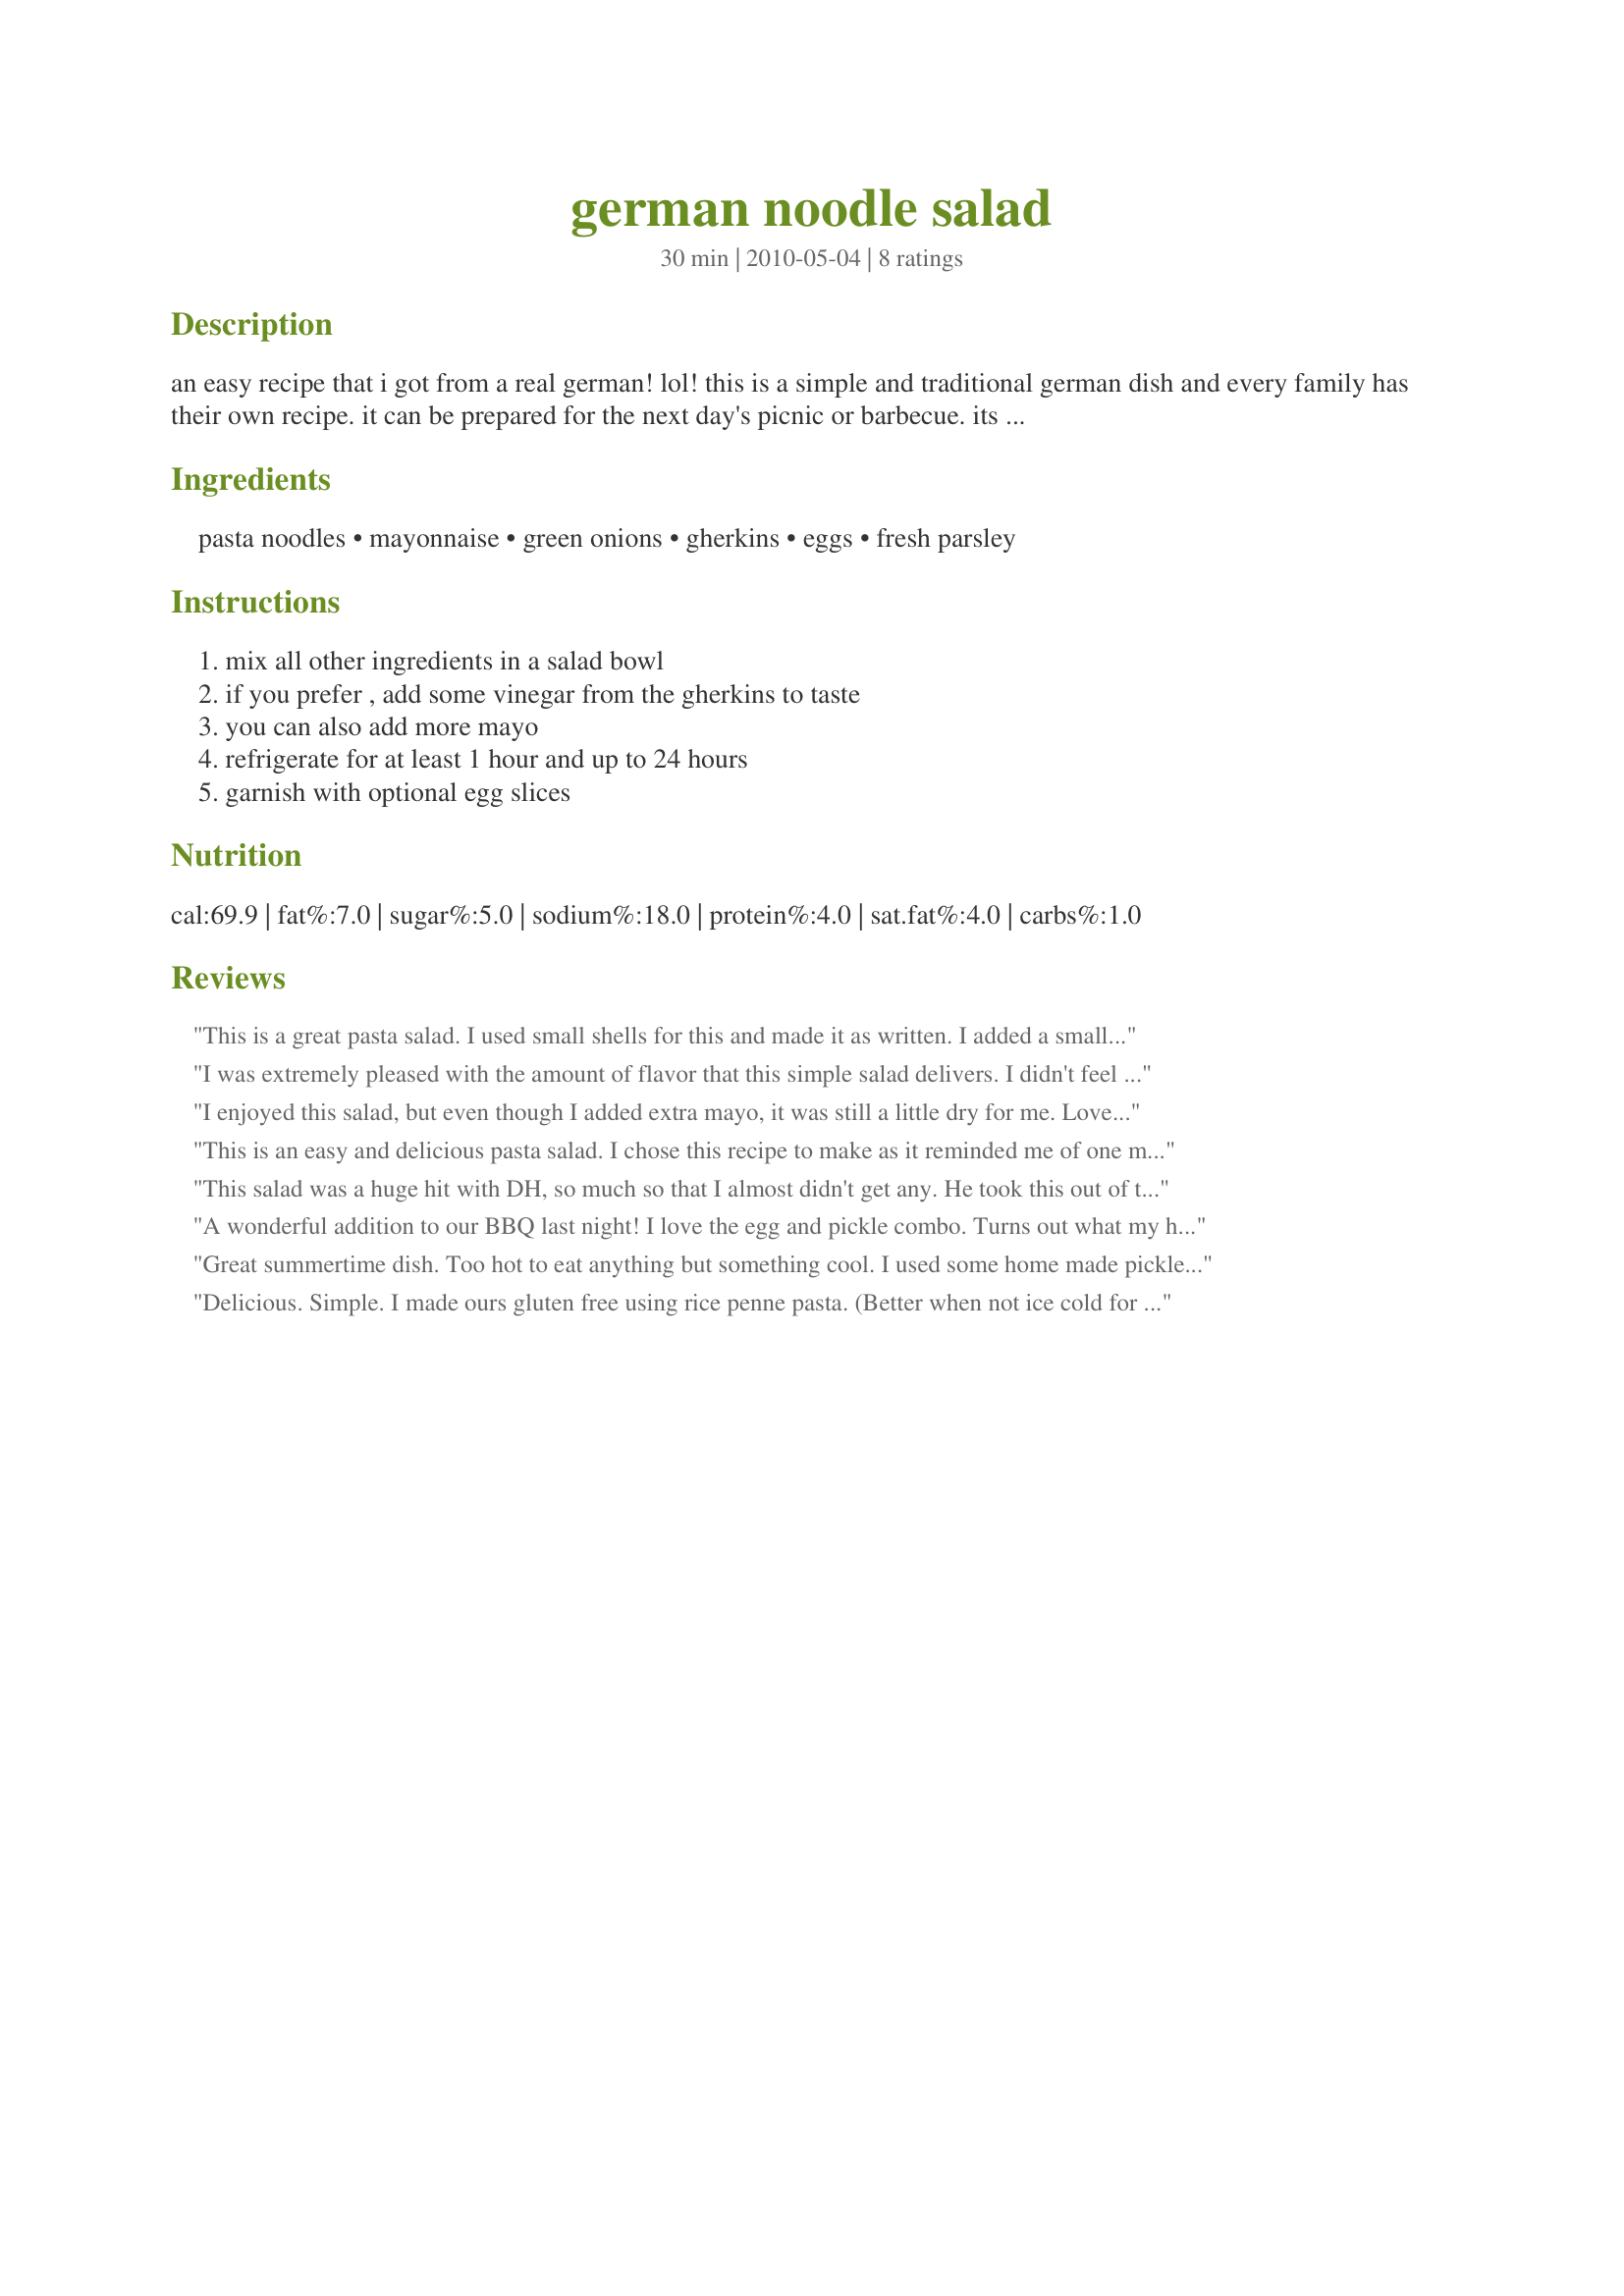
german noodle salad
Preparation time: 30 minutes

an easy recipe that i got from a real german! lol! this is a simple and traditional german dish and every family has their own recipe. it can be prepared for the next day's picnic or barbecue. its perfect with fried fish or meat, served with a cold beer. you can experiment with some additional or other ingredients, depending on what you want to serve with it. enjoy!

Ingredients:
pasta noodles, mayonnaise, green onions, gherkins, eggs, fresh parsley

Steps:
mix all other ingredients in a salad bowl, if you prefer , add some vinegar from the gherkins to taste, you can also add more mayo, refrigerate for at least 1 hour and up to 24 hours, garnish with optional egg slices

Reviews:
This is a great pasta salad. I used small shells for this and made it as written. I added a small amount of pickle juice and a little more mayo. Definitely a keeper!. Thanks for sharing. Made for ZWT7-Switzerland.
I was extremely pleased with the amount of flavor that this simple salad delivers. I didn't feel like making a full magilla big dinner last evening so I pulled this out of my tag list (yay) and made it up. It was chilled for about 3 hrs and served with some imitation crab for a welcome lighter meal. I used broken linguine for the pasta and garlic dills. :D
I enjoyed this salad, but even though I added extra mayo, it was still a little dry for me. Loved the green onions and gherkins. Next time I would add some dijon mustard as well, and add some salt and pepper. Thanks for sharing the recipe! Made for ZWT7.
This is an easy and delicious pasta salad. I chose this recipe to make as it reminded me of one my German mother in law makes when I go to visit. I made sure to add plenty of juice from the gherkins and also made it more of a main dish salad by adding some cubed ham and cheese. This is a nice salad to enjoy sitting on the patio with a chilled glass of white wine. Thanks for sharing! Made for ZWT 7, Shady Ladies!
This salad was a huge hit with DH, so much so that I almost didn't get any. He took this out of the fridge and ate most of it (I had halved the recipe). He said it was a great salad. High praise from someone who doesn't like pasta very much. It was so easy to make. The pickle juice added to the mayonnaise gave it wonderful flavor. I loved it too, and will be making this quite often. Thanks for sharing the recipe.
A wonderful addition to our BBQ last night! I love the egg and pickle combo. Turns out what my hubby thought was green onion was actually fresh garlic - so I ended up using fresh chives from my garden in place of the green onion. I also added fresh pepper and some paprika just for a little interest. Made for ZWT6.
Great summertime dish. Too hot to eat anything but something cool. I used some home made pickle relish and our family really enjoyed this. Made for ZWT7.
Delicious. Simple. I made ours gluten free using rice penne pasta. (Better when not ice cold for rice pasta) I used extra Hellman's olive oil mayonnaise to be soy free, baby dill pickles and some of the liquid, plus the hard boiled egg. I may make this again. Made for ZWT7 Switzerland, for my team Food.Commandos
